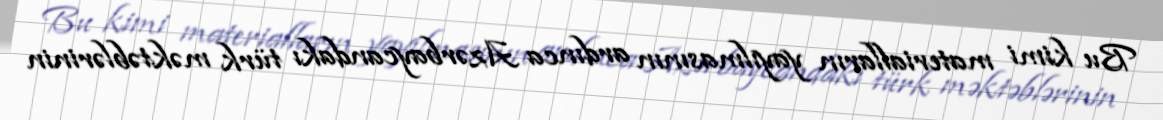
Bu kimi materialların yayılmasının ardınca Azərbaycandakı türk məktəblərinin